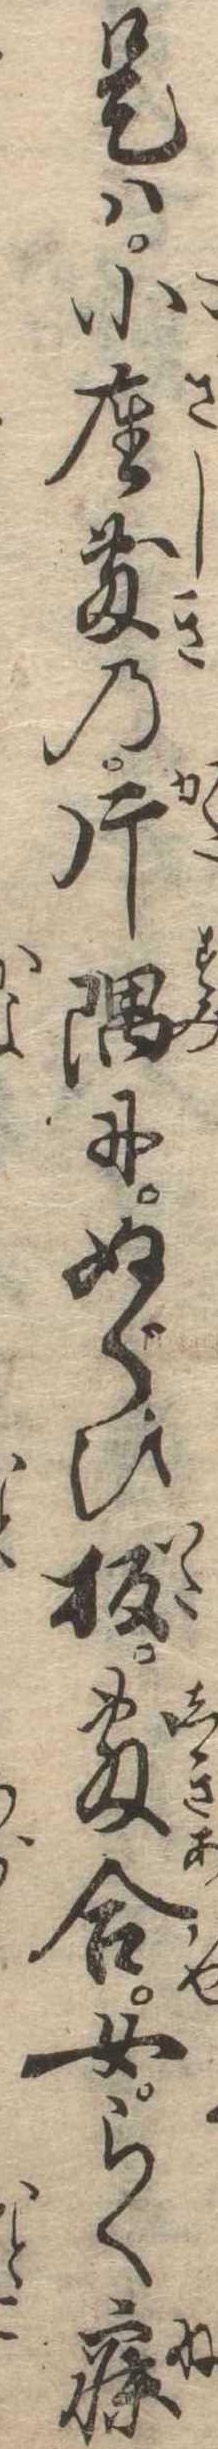
是は小座敷の片隅にぬぐひ板敷合女らく寐